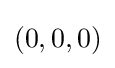
\left(0,0,0\right)